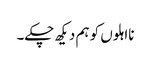
نااہلوں کو ہم دیکھ چکے۔